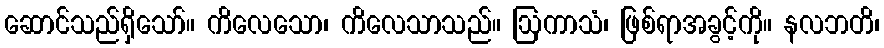
ဆောင်သည်ရှိသော်။ ကိလေသော၊ ကိလေသာသည်။ ဩကာသံ၊ ဖြစ်ရာအခွင့်ကို။ နလဘတိ၊